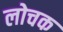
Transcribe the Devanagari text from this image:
लोचक